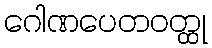
ဂေါဏပေတဝတ္ထု